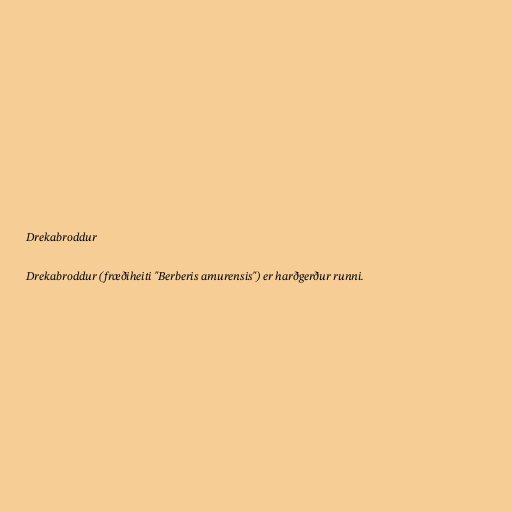
Drekabroddur

Drekabroddur (fræðiheiti "Berberis amurensis") er harðgerður runni.